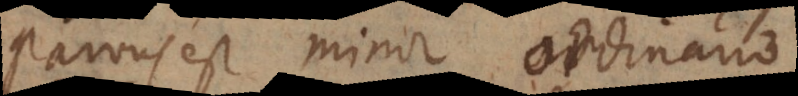
Parvus est minor ordinario.